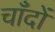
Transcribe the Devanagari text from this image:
चाँदों